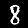
Label: 8